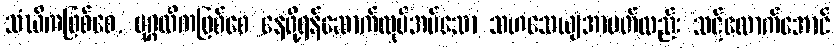
သံဃိကဖြစ်စေ, ပုဂ္ဂလိကဖြစ်စေ နေဖို့ရန်ဆောက်လုပ်အပ်သော သဟသေယျအာပတ်လည်း သင့်လောက်အောင်